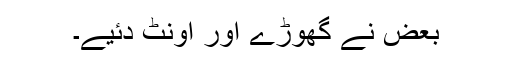
بعض نے گھوڑے اور اونٹ دئیے۔